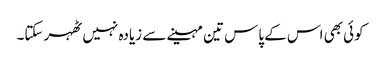
کوئی بھی اس کے پاس تین مہینے سے زیادہ نہیں ٹھہر سکتا۔